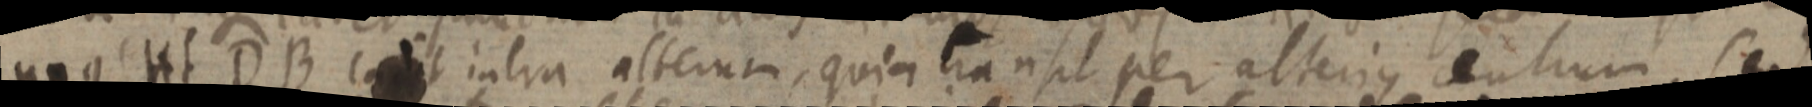
unus Ht DB cadit intra alterum, quia transit per alterius centrum. sed